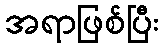
အရာဖြစ်ပြီး